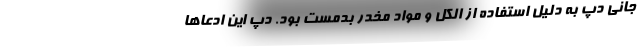
جانی دپ به دلیل استفاده از الکل و مواد مخدر بدمست بود. دپ این ادعاها